Report on the administration of the Government Cinchona Department 1892-98
Year: 1892
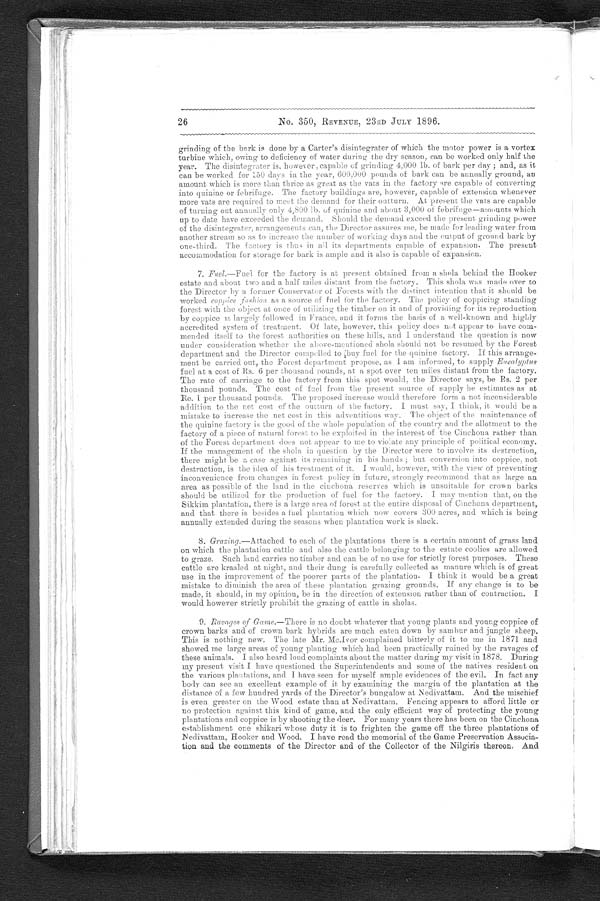
26 No. 350, REVENUE, 23RD JULY 1896.
grinding of the bark is done by a Carter's disintegrater of which the motor power is a vortex
turbine which, owing to deficiency of water during the dry season, can be worked only half the
year. The disintegrater is, however, capable of grinding 4,000 lb. of bark per day ; and, as it
can be worked for 150 days in the year, 600,000 pounds of bark can be annually ground, an
amount which is more than thrice as great as the vats in the factory are capable of converting
into quinine or febrifuge. The factory buildings are, however, capable of extension whenever
more vats are required to meet the demand for their outturn. At present the vats are capable
of turning out annually only 4,800 lb. of quinine and about 3,000 of febrifuge—amounts which
up to date have exceeded the demand. Should the demand exceed the present grinding power
of the disintegrater . , arrangements can, the Director assures me, be made for leading water from
another stream so as to increase the number of working days and the output of ground bark by
one-third. The factory is thus in all its departments capable of expansion. The present
accommodation for storage for bark is ample and it also is capable of expansion.
7. Fuel.—Fuel for the factory is at present obtained from a shola, behind the Hooker
estate and abou t two and a half miles distant from the factory. This shola was made o ver to
t he Di r e c t or by a f or me r Cons e r va t or of For e s t s wi t h t he di s t i nc t i nt e nt i on t ha t i t s houl d be
worked coppice fa shion as a Source of fuel for the factory. The policy of coppicing standing
forest with the object at once of utilizing the timber on it and of providing for its reproduction
b y c o p p i c e i s l a r g e l y f o l l o w e d i n F r a n c e a n d i t f o r m s t h e b a s i c o f a w e l l - k n o w n a n d h i g h l y
accredited system of treatment. Of late, however, this policy does not appear to have com
mended itself to the forest authorities on these hills, and I understand the question is now
under consideration whether the above-mentioned
shola should not be resumed. by the Forest
department and the Director compelled to buy fuel for the quinine factory. It this arrange
ment be carried out, the Forest department propose , as I ami n f o r m e d , t o s u p p l y
E u c a l y p t u s
fuel at a cost of Rs. 6 per thousand pounds, at a spot over ten miles distant from the factory.
The rate of carriage to the factory from this spot would. the Director says, be Rs. 2 per
thousand pounds. The cost of fuel from the present source of supply he estimates as at
Re. 1 per thousand pounds. The proposed increase would therefore form a not inconsiderable
addition to the net cost of the outturn of the factory. I must say, I think, it would be a
mistake to increase the net cost in this adventitious way The object of the maintenance of
the quinine factory is the, good of the whole population of the country and the allotment to the
factory of a piece of natural forest to be exploited in the interest of the Cinchona rather
than
of the Forest department does not appear to me to violate any principle of political economy .
If the management of the shola in question by the Director were to involve its destruction,
there might be a case against its remaining. in his hands ; but conversion into coppice, not
destruction, is the idea of his treatment, of it.. I would. however, with the view of preventing,
inconvenience from changes in forest policy in future, strongly recommend
that as large an
area as possible of the land in the cinchona reserves which is unsuitable for crown barks
should be utilized for the production of fuel for the factory. I may mention that, on the
Sikkim plantation, there is a large area of forest at the entire disposal of Cinchona department,
and that there is besides a fuel plantation which now covers :300 acres, and which is being
annually extended during the seasons when plantation work is slack.
8. Grazing.— Attached to each of the plantations there is a. certain amount of grass land
on which the plantation cattle and also the cattle belonging. to the estate coolies are allowed
to graze. Such land carries no timber and can be of no use for strictly forest purposes. These
cattle are kraaled at night, and their dung is carefully collected as manure which is of great
use in. the improvement of the poorer parts of the plantation. I think it would be a great
mistake to diminish the area of these plantation grazing grounds. If any change is to be
made, it should, in my opinion, be in the direction of extension rather than of contraction. I
would however strictly prohibit. the grazing of cattle in sholas.
9 Ravages of Game.—T h e r e
i s n o d o u b t , w h a t e v e r t h a t y o u n g p l a n t s a n d y o u n g c o p p i c e o f
crown barks and of crown bark hybrids are much eaten down by sambur and jungle sheep.
This is nothing new. The late Mr. Mc.Ivor complained bitterly of it to me in 1871 and
showed me large areas of young pl a nting which had been practically ruined by the ravages of
these animals. I also heard loud complaints about the matter during visit in 1878. During
my present visit I have questioned the Superintendents and some of the natives resident on
the various plantations, and I have seen for myself ample evidences of the evil. In fact any
body can see an excellent example of it by examining the margin of the plantation at the
distance of a few hundred yards of the Director's bungalow at. Nedivattam. And the mischief
is even greater on the Wood estate than at Nedivattam. Fencing appears to afford little or
no protection against this kind of game, and the only efficient way of protecting the young
plantations and coppice is by shooting the deer. For many years there has been on the Cinchona
establishment one shikari whose duty it is to frighten the game off the three plantations of
Nedivattam, Hooker and Wood. I have read the memorial of the Game Preservation Associa-
tion and the comments of the Director and of the Collector of the Nilgiris thereon, And